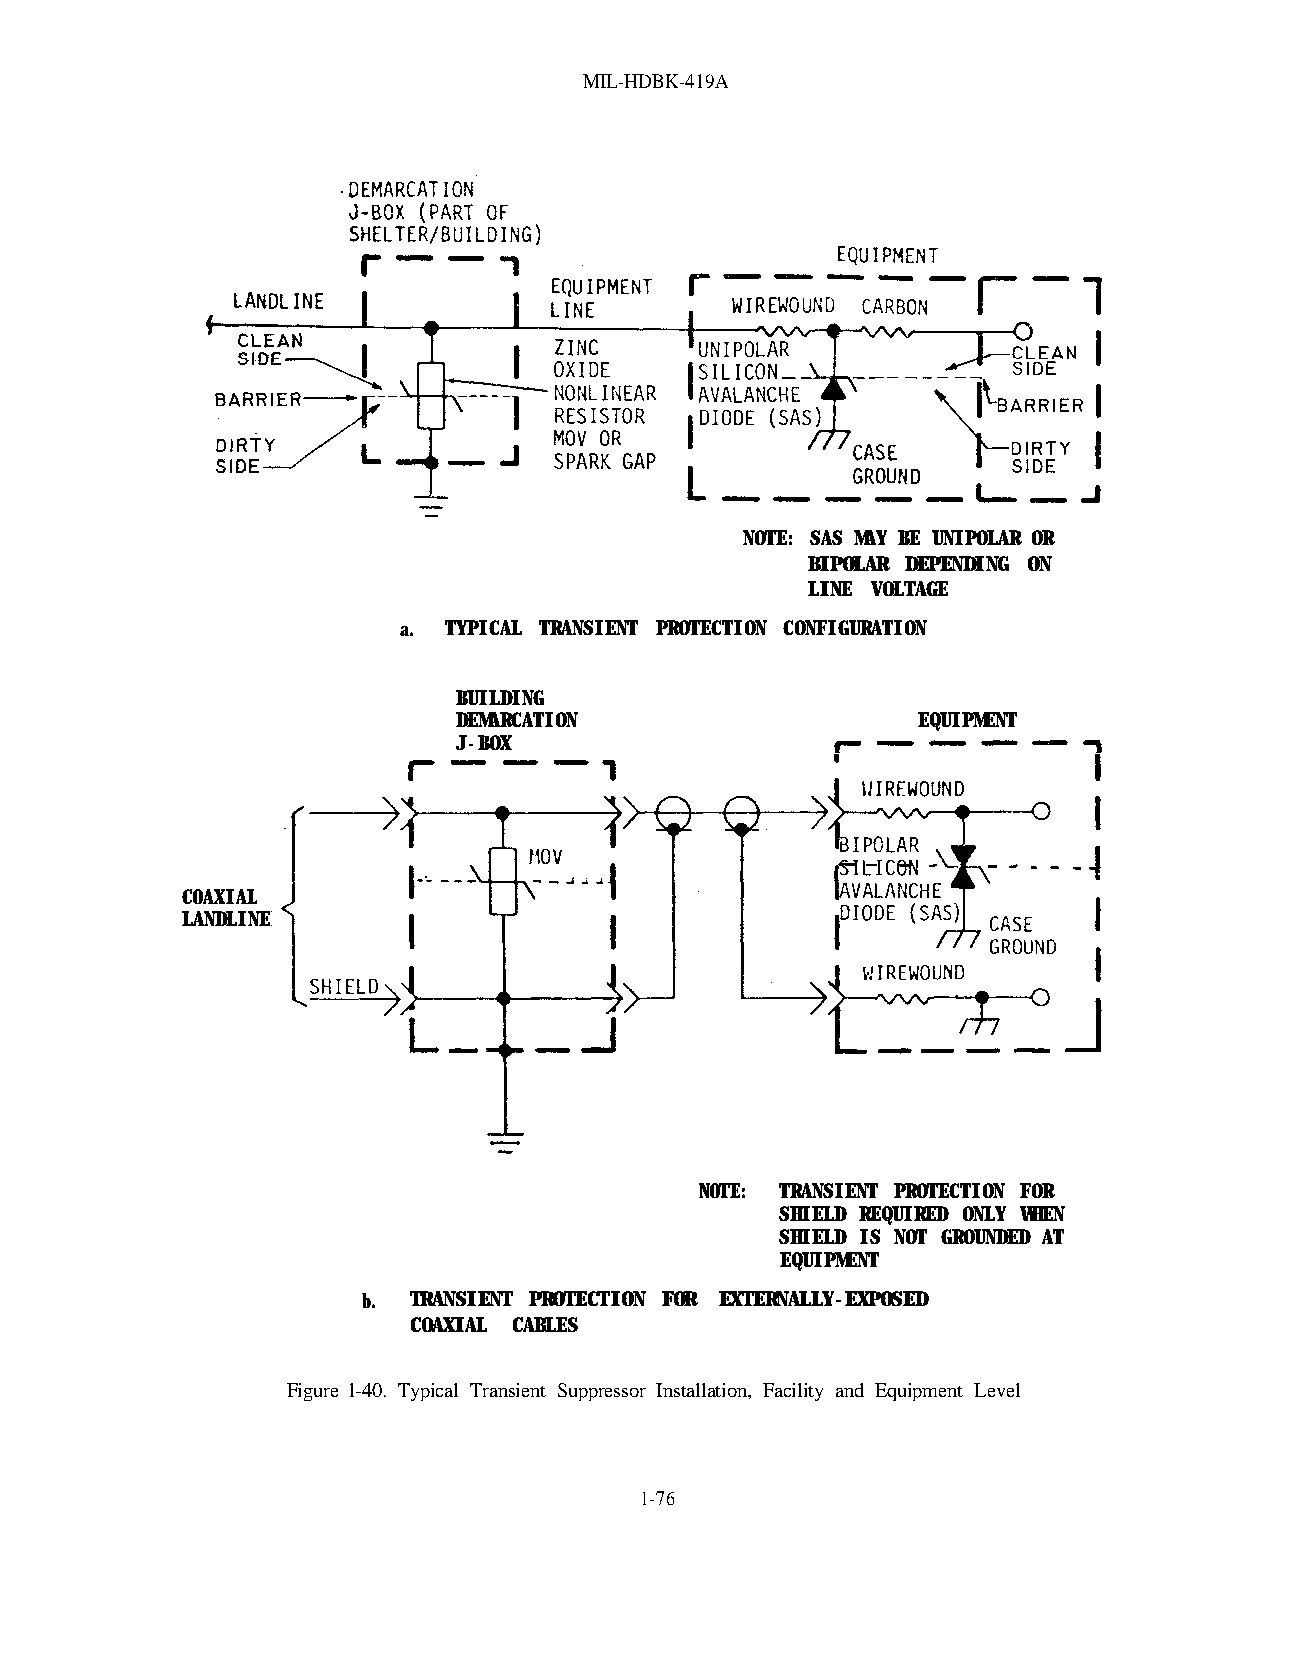
MIL-HDBK-419A
 NOTE: SAS MAY BE UNIPOLAR OR
 BIPOLAR DEPENDING ON
 LINE VOLTAGE
 a. TYPICAL TRANSIENT PROTECTION CONFIGURATION
 BUILDING
 DEMARCATION                    EQUIPMENT
 J-BOX
 COAXIAL
 LANDLINE
 NOTE: TRANSIENT PROTECTION FOR
 SHIELD REQUIRED ONLY WHEN
 SHIELD IS NOT GROUNDED AT
 EQUIPMENT
 b. TRANSIENT PROTECTION FOR EXTERNALLY-EXPOSED
 COAXIAL CABLES
 Figure l-40. Typical Transient Suppressor Installation, Facility and Equipment Level
 1-76